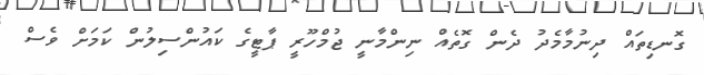
ގޮނޑިތައް ދިނުމާމެދު ދެން ގޮތެއް ނިންމާނީ ޖުމްހޫރީ ޕާޓީގެ ކައުންސިލުން ކަމަށް ވެސް